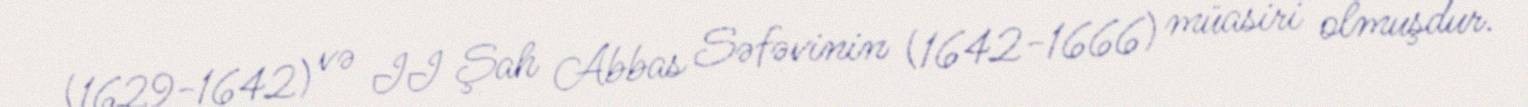
(1629-1642) və II Şah Abbas Səfəvinin (1642-1666) müasiri olmuşdur.